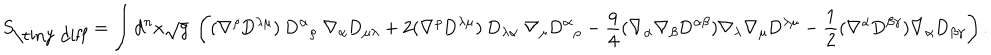
S _ { \mathrm { \tiny ~ d i f f } } = \int d ^ { n } x \sqrt { g } ~ \left( ( \nabla ^ { \rho } \mathrm { D } ^ { \lambda \mu } ) ~ \mathrm { D } ^ { \alpha } { } _ { \rho } ~ \nabla _ { \alpha } \mathrm { D } _ { \mu \lambda } + 2 ( \nabla ^ { \rho } \mathrm { D } ^ { \lambda \mu } ) ~ \mathrm { D } _ { \lambda \alpha } ~ \nabla _ { \mu } \mathrm { D } ^ { \alpha } { } _ { \rho } - \frac { q } 4 ( \nabla _ { \alpha } \nabla _ { \beta } \mathrm { D } ^ { \alpha \beta } ) { } \nabla _ { \lambda } \nabla _ { \mu } { } \mathrm { D } ^ { \lambda \mu } { } - \frac 1 2 ( \nabla ^ { \alpha } \mathrm { D } ^ { \beta \gamma } ) \nabla _ { \alpha } \mathrm { D } _ { \beta \gamma } \right) .